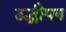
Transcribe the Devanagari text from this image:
उद्धीपन